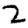
Digit: 2